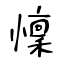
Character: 懍